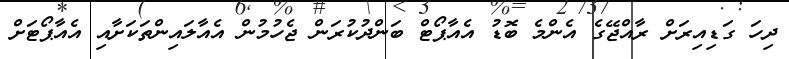
ދިހަ ގަޑިއިރަށް ރާއްޖޭގެ އެންމެ ބޮޑު އެއާޕޯޓް ބަންދުކުރަން ޖެހުމުން އެއާލައިންތަކަށާއި އެއާޕޯޓަށް